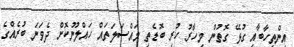
އިންތިހާބާއި ގުޅޭ ގޮތުން މިހާރު ހުރި ބޮޑެތި މައްސަލަތައް ހައްލުނުކޮށް ދެވަނަ ބުރެއްގެ